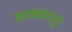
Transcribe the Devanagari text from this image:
करमचंदपुर